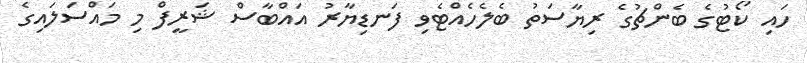
ހައި ކޯޓުގެ ބެންޗުގެ ރިޔާސަތު ބެލެހެއްޓެވި ފަނޑިޔާރު އައްބާސް ޝަރީފް މި މައްސަލައިގެ